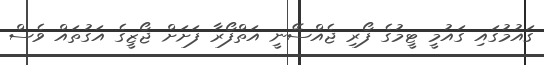
ގައުމުގައި ގައުމީ ޓީމުގެ ފޯރި ޖެއްސޭނީ އަތްފޯރާ ފަށަށް ޖޯޒީގެ އަގުތައް ވެސް